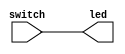
// Verilog netlist created by TD v4.6.12906
// Fri Jul 26 12:55:33 2019

`timescale 1ns / 1ps
module switch_led  // sources/rtl/switch_led.v(15)
  (
  switch,
  led
  );

  input [15:0] switch;  // sources/rtl/switch_led.v(17)
  output [15:0] led;  // sources/rtl/switch_led.v(18)


  buf u0 (led[3], switch[3]);  // sources/rtl/switch_led.v(21)
  buf u1 (led[2], switch[2]);  // sources/rtl/switch_led.v(21)
  buf u10 (led[10], switch[10]);  // sources/rtl/switch_led.v(21)
  buf u11 (led[11], switch[11]);  // sources/rtl/switch_led.v(21)
  buf u12 (led[12], switch[12]);  // sources/rtl/switch_led.v(21)
  buf u13 (led[13], switch[13]);  // sources/rtl/switch_led.v(21)
  buf u14 (led[14], switch[14]);  // sources/rtl/switch_led.v(21)
  buf u15 (led[15], switch[15]);  // sources/rtl/switch_led.v(21)
  buf u2 (led[1], switch[1]);  // sources/rtl/switch_led.v(21)
  buf u3 (led[0], switch[0]);  // sources/rtl/switch_led.v(21)
  buf u4 (led[4], switch[4]);  // sources/rtl/switch_led.v(21)
  buf u5 (led[5], switch[5]);  // sources/rtl/switch_led.v(21)
  buf u6 (led[6], switch[6]);  // sources/rtl/switch_led.v(21)
  buf u7 (led[7], switch[7]);  // sources/rtl/switch_led.v(21)
  buf u8 (led[8], switch[8]);  // sources/rtl/switch_led.v(21)
  buf u9 (led[9], switch[9]);  // sources/rtl/switch_led.v(21)

endmodule